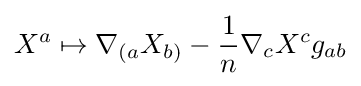
X^{a}\mapsto \nabla _{(a}X_{b)}-{\frac {1}{n}}\nabla _{c}X^{c}g_{ab}